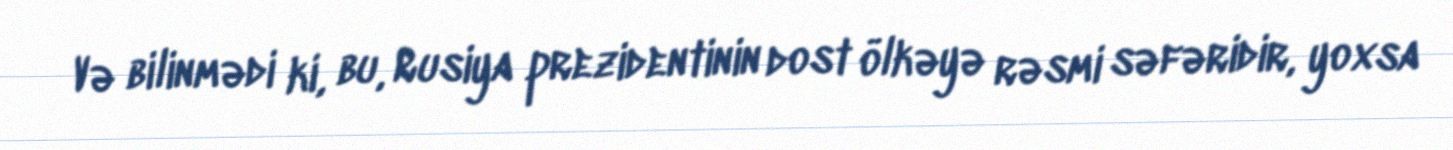
Və bilinmədi ki, bu, Rusiya prezidentinin dost ölkəyə rəsmi səfəridir, yoxsa